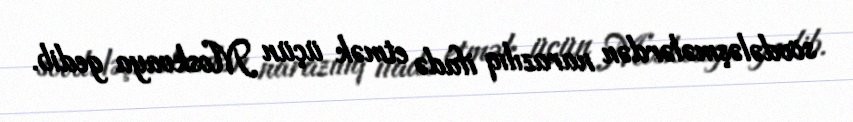
sövdələşmələrdən narazılıq ifadə etmək üçün Moskvaya gedib.